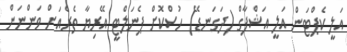
އަލީ ކެޕްޓަން އަލީ އަޝްފާގް (ދަގަނޑޭ) ހުސްކޮށް ޕެނަލްޓީ އޭރިޔާ ތެރެއަށް ވަންނަން